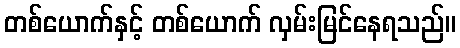
တစ်ယောက်နှင့် တစ်ယောက် လှမ်းမြင်နေရသည်။